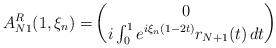
LaTeX: \begin{align*}A_{N1}^R(1,\xi_n)=& \begin{pmatrix}0 \\ i\int_0^1e^{i\xi_n(1-2t)}r_{N+1}(t)\,dt\end{pmatrix}\end{align*}